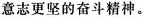
意志更坚的奋斗精神。